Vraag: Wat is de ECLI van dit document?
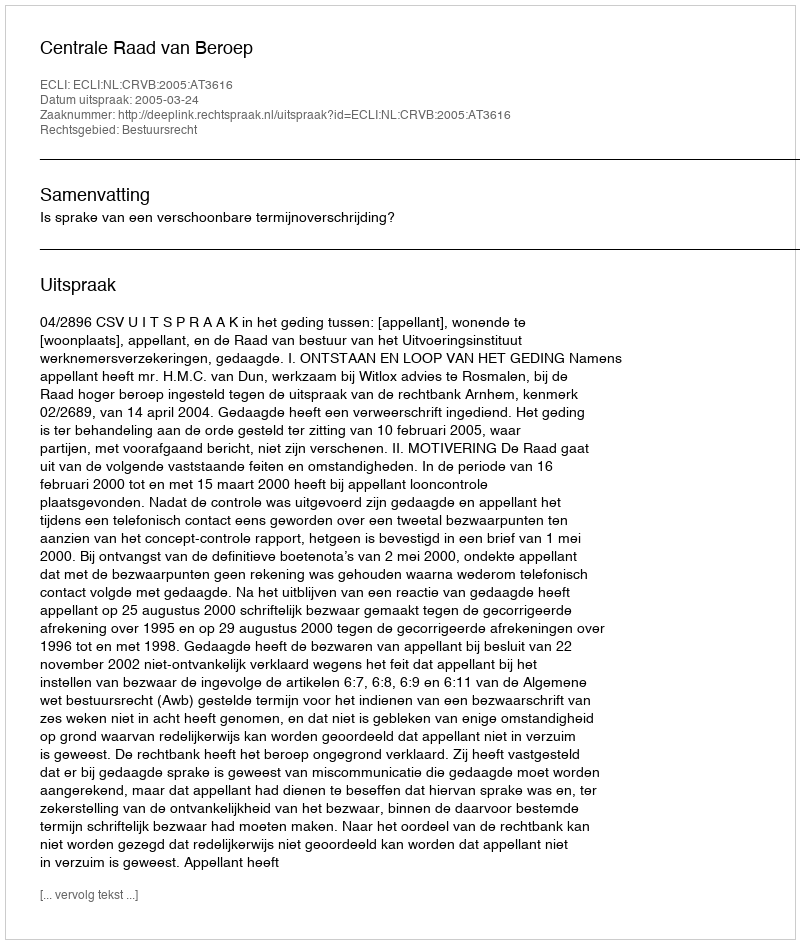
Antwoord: ECLI:NL:CRVB:2005:AT3616